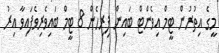
މީގެ އިތުރުން ޓީމް އިވެންޓް ބައިން ފިރިހެން 8 ޓީމް ބައިވެރިވެފައިވާ އިރު